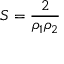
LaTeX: S = { \frac { 2 } { \rho _ { 1 } \rho _ { 2 } } }